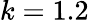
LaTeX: k=1.2